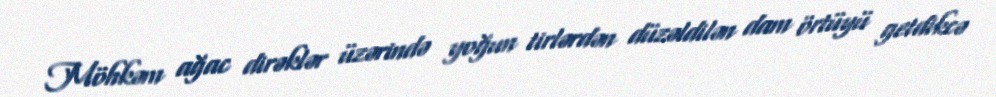
Möhkəm ağac dirəklər üzərində yoğun tirlərdən düzəldilən dam örtüyü getdikcə